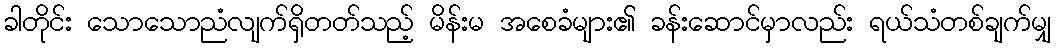
ခါတိုင်း သောသောညံလျက်ရှိတတ်သည့် မိန်းမ အစေခံများ၏ ခန်းဆောင်မှာလည်း ရယ်သံတစ်ချက်မျှ